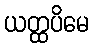
ယတ္ထပိမေ